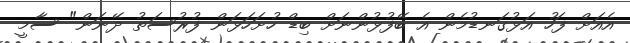
އެއަށް ފަހު އަޅުގަނޑުމެން އެ ބޭފުޅުންނަށް ބިޑް ހުށަހަޅަން ފުރުސަތު ދޭނަން" ސާމީ